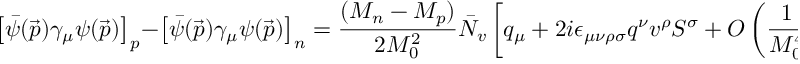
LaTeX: \left[ \bar { \psi } ( \vec { p } ) \gamma _ { \mu } \psi ( \vec { p } ) \right] _ { p } - \left[ \bar { \psi } ( \vec { p } ) \gamma _ { \mu } \psi ( \vec { p } ) \right] _ { n } = \frac { ( M _ { n } - M _ { p } ) } { 2 M _ { 0 } ^ { 2 } } \bar { N } _ { v } \left[ q _ { \mu } + 2 i \epsilon _ { \mu \nu \rho \sigma } q ^ { \nu } { v } ^ { \rho } { S } ^ { \sigma } + O \left( \frac { 1 } { M _ { 0 } ^ { 4 } } \right) \right] { N } _ { v } .